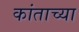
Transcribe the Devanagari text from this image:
कांताच्या